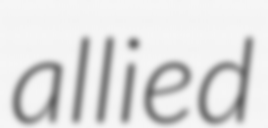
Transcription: allied